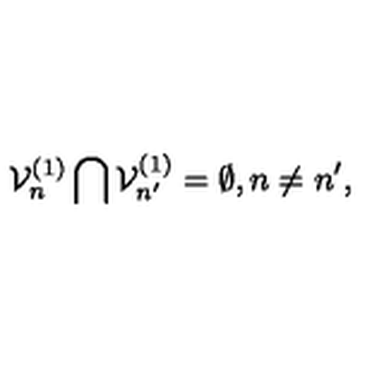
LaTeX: { \cal V } _ { n } ^ { ( 1 ) } \bigcap { \cal V } _ { n ^ { \prime } } ^ { ( 1 ) } = \emptyset , n \neq n ^ { \prime } ,